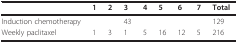
<table><thead><tr><td></td><td><b>1</b></td><td><b>2</b></td><td><b>3</b></td><td><b>4</b></td><td><b>5</b></td><td><b>6</b></td><td><b>7</b></td><td><b>Total</b></td></tr></thead><tbody><tr><td>Induction chemotherapy</td><td></td><td></td><td>43</td><td></td><td></td><td></td><td></td><td>129</td></tr><tr><td>Weekly paclitaxel</td><td>1</td><td>3</td><td>1</td><td>5</td><td>16</td><td>12</td><td>5</td><td>216</td></tr></tbody></table>